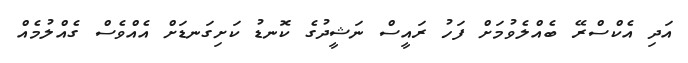
އަދި އެކްސްރޭ ބެއްލެވުމަށް ފަހު ރައީސް ނަޝީދުގެ ކޮނޑު ކަށިގަނޑަށް އެއްވެސް ގެއްލުމެއް